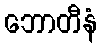
ဘောတီနံ